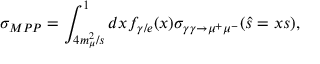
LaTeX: \sigma _ { M P P } = \int _ { 4 m _ { \mu } ^ { 2 } / s } ^ { 1 } d x f _ { \gamma / e } ( x ) \sigma _ { \gamma \gamma \to \mu ^ { + } \mu ^ { - } } ( \hat { s } = x s ) ,